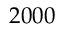
2 0 0 0